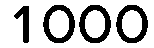
1000